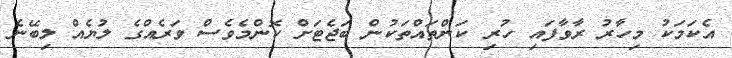
އެކަމަކު މިހާރު ރާވާފައި ހުރި ކަންތައްތަކުން ބަޖެޓަށް ކޮންމެވެސް ވަރެއްގެ ލުޔެއް ލިބޭނެ